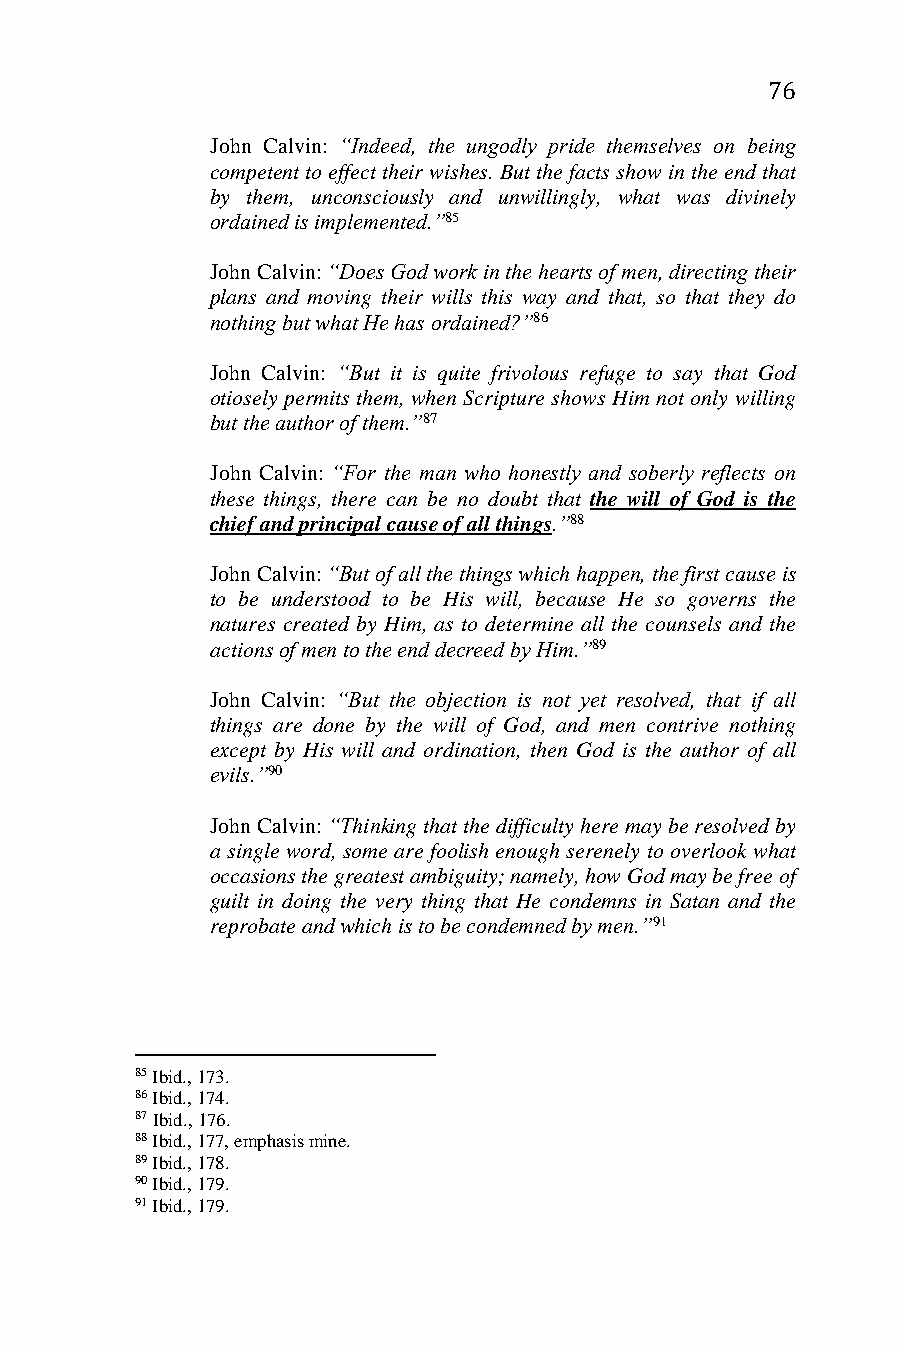
76
 John Calvin: “Indeed, the ungodly pride themselves on being
 competent to effect their wishes. But the facts show in the end that
 by them, unconsciously and unwillingly, what was divinely
 ordained is implemented.”85
 John Calvin: “Does God work in the hearts of men, directing their
 plans and moving their wills this way and that, so that they do
 nothing but what He has ordained?”86
 John Calvin: “But it is quite frivolous refuge to say that God
 otiosely permits them, when Scripture shows Him not only willing
 but the author of them.”87
 John Calvin: “For the man who honestly and soberly reflects on
 these things, there can be no doubt that the will of God is the
 chief and principal cause of all things.”88
 John Calvin: “But of all the things which happen, the first cause is
 to be understood to be His will, because He so governs the
 natures created by Him, as to determine all the counsels and the
 actions of men to the end decreed by Him.”89
 John Calvin: “But the objection is not yet resolved, that if all
 things are done by the will of God, and men contrive nothing
 except by His will and ordination, then God is the author of all
 evils.”90
 John Calvin: “Thinking that the difficulty here may be resolved by
 a single word, some are foolish enough serenely to overlook what
 occasions the greatest ambiguity; namely, how God may be free of
 guilt in doing the very thing that He condemns in Satan and the
 reprobate and which is to be condemned by men.”91
 85 Ibid., 173.
 86 Ibid., 174.
 87 Ibid., 176.
 88 Ibid., 177, emphasis mine.
 89 Ibid., 178.
 90 Ibid., 179.
 91 Ibid., 179.